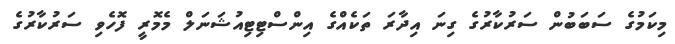
މިކަމުގެ ސަބަބުން ސަރުކާރުގެ ގިނަ އިދާރަ ތަކެއްގެ އިންސްޓިޓިއުޝަނަލް މެމޮރީ ފޮހެވި ސަރުކާރުގެ